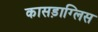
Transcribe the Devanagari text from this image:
कासड़ाग्लिस